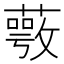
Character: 𦽺